Scottish Certificate of Education, 1963
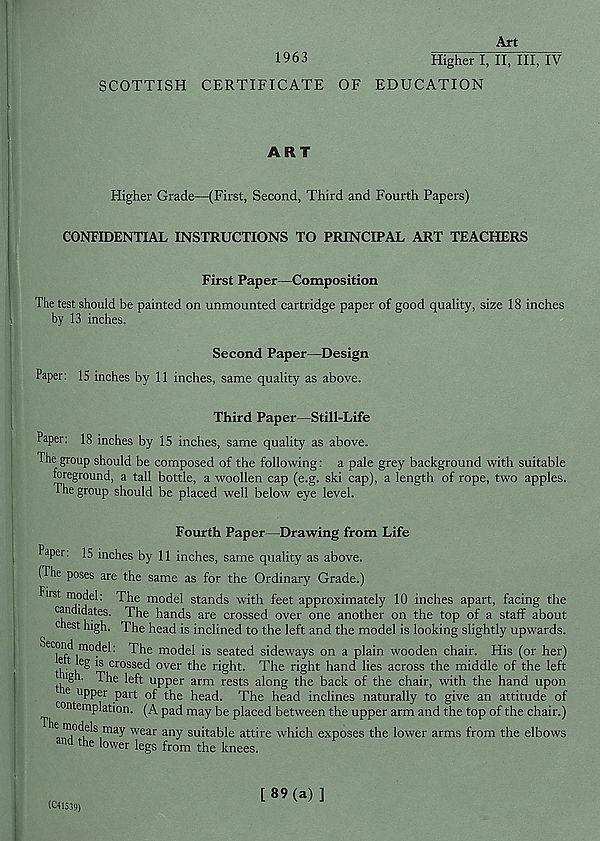
Art
1963
Higher I, II, III, IV
SCOTTISH CERTIFICATE OF EDUCATION
ART
Higher Grade—(First, Second, Third and Fourth Papers)
CONFIDENTIAL INSTRUCTIONS TO PRINCIPAL ART TEACHERS
First Paper—Composition
The test should be painted on unmounted cartridge paper of good quality, size 18 inches
by 13 inches.
Second Paper—Design
Paper: IS inches by 11 inches, same quality as above.
Third Paper—Still-Life
Paper: 18 inches by 15 inches, same quality as above.
The group should be composed of the following: a pale grey background with suitable
foreground, a tall bottle, a woollen cap (e.g. ski cap), a length of rope, two apples.
The group should be placed well below eye level.
Fourth Paper—Drawing from Life
Paper: 15 inches by 11 inches, same quality as above.
(The poses are the same as for the Ordinary Grade.)
First model: The model stands with feet approximately 10 inches apart, facing the
candidates. The hands are crossed over one another on the top of a staff about
c est high. The head is inclined to the left and the model is looking slightly upwards.
Second model; The model is seated sideways on a plain wooden chair. His (or her)
e t leg is crossed over the right. The right hand lies across the middle of the left
iigh. The left upper arm rests along the back of the chair, with the hand upon
c
e u PPer part of the head. The head inclines naturally to give an attitude of
^ n emplation. (A pad may be placed between the upper arm and the top of the chair.)
e models may wear any suitable attire which exposes the lower arms from the elbows
n the lower legs from the knees.
(C41539)
[89(a)]